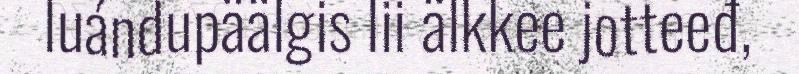
luándupäälgis lii älkkee jotteeđ,